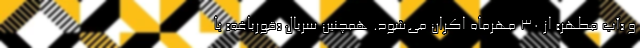
و «آب مطهر» از 30 مهرماه اکران می‌شود. همچنین سریال «قورباغه» با